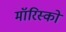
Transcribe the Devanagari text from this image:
मॉरिस्को